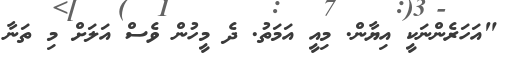
"އަހަރެންނަކީ އިޔާން. މިއީ އަމަތު. ދެ މީހުން ވެސް އަލަށް މި ތަނާ